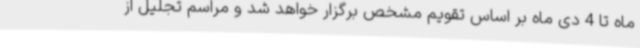
ماه تا 4 دی ماه بر اساس تقویم مشخص برگزار خواهد شد و مراسم تجلیل از